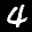
Label: 4